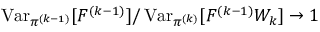
\operatorname { V a r } _ { \pi ^ { ( k - 1 ) } } [ F ^ { ( k - 1 ) } ] / \operatorname { V a r } _ { \pi ^ { ( k ) } } [ F ^ { ( k - 1 ) } W _ { k } ] \to 1